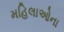
મહિલાઓના